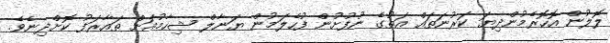
ލޮލުން އޮހޮރެމުންދިޔަ ކަރުނަތައް އަތުގެ ނުފުށުން ފުހެލަމުން ޔަނާލް ޝިހާމުއަށް ތައާރަފު ކޮށްދިނެވެ.